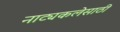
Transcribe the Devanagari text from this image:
नाट्यकलेसाठी